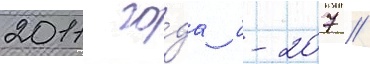
2011 го́да б-207 //